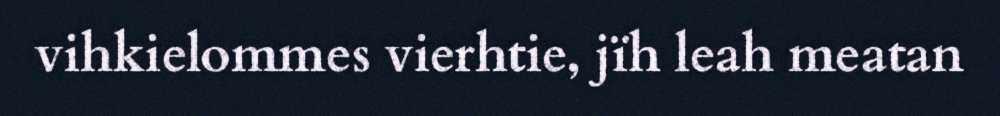
vihkielommes vierhtie, jïh leah meatan